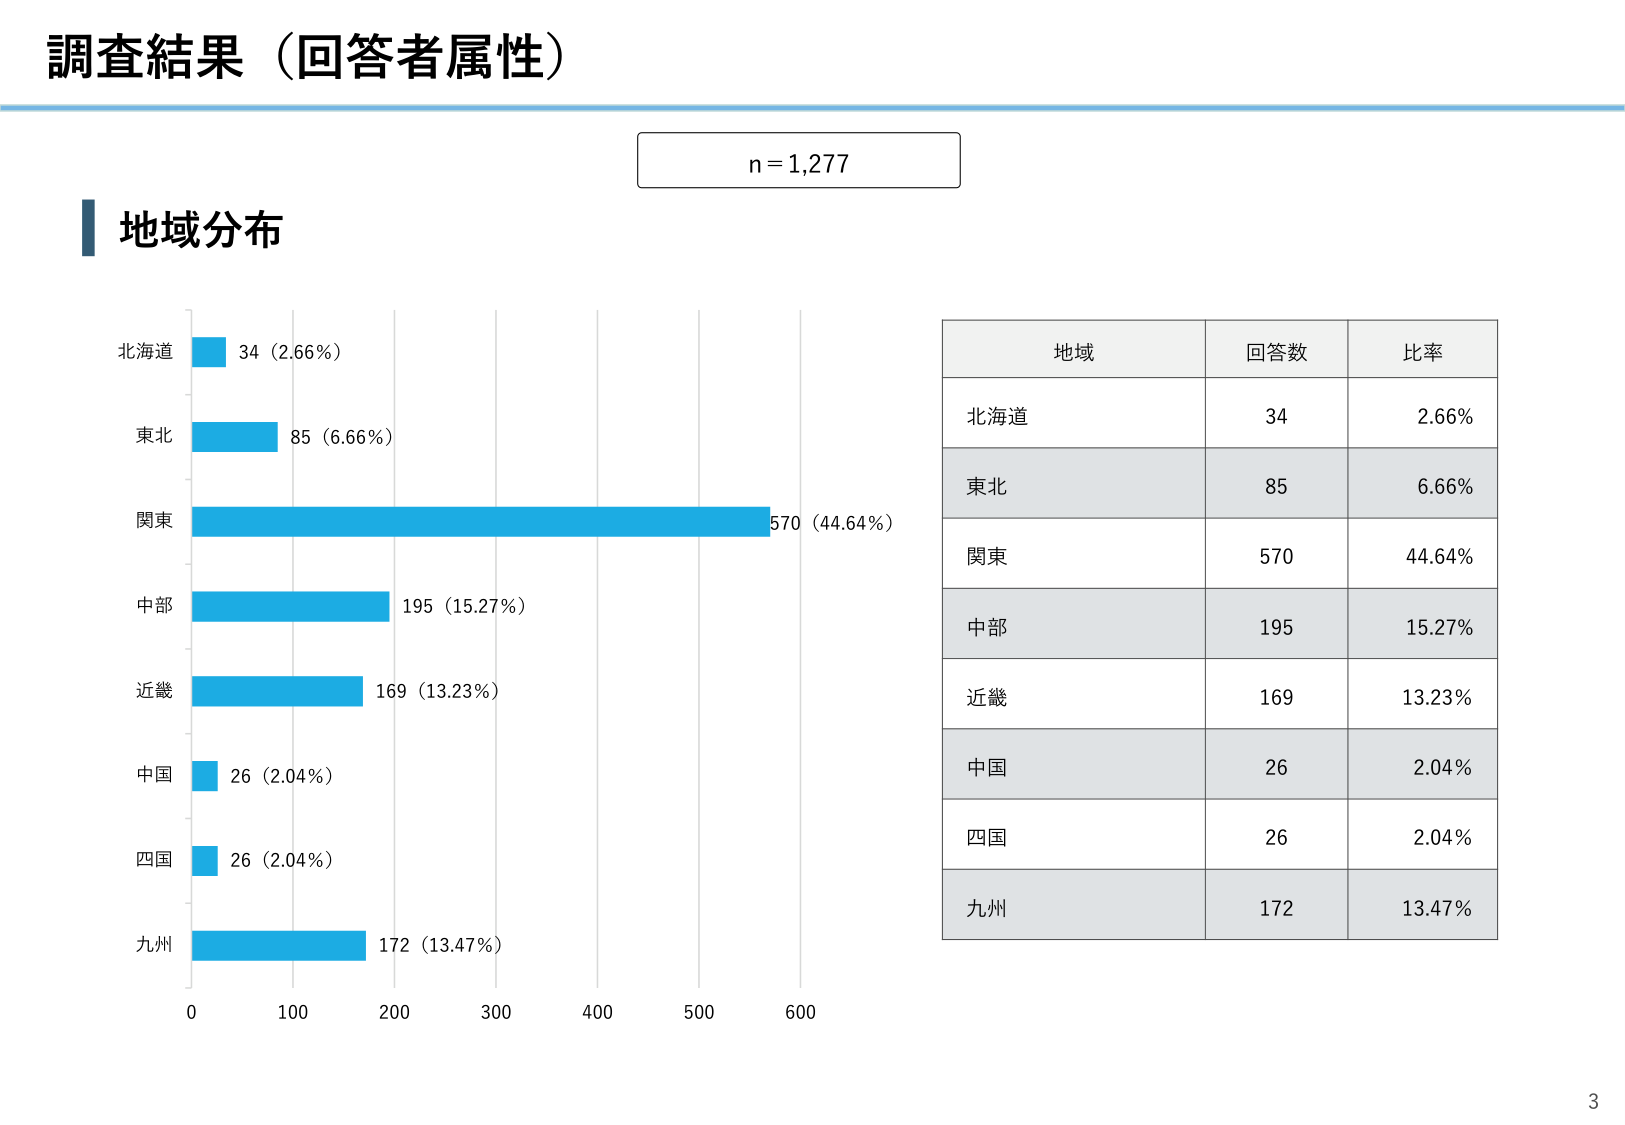
調査結果（回答者属性）

n = 1,277

地域分布

北海道 34 (2.66%)
東北 85 (6.66%)
関東 570 (44.64%)
中部 195 (15.27%)
近畿 169 (13.23%)
中国 26 (2.04%)
四国 26 (2.04%)
九州 172 (13.47%)

地域 回答数 比率
北海道 34 2.66%
東北 85 6.66%
関東 570 44.64%
中部 195 15.27%
近畿 169 13.23%
中国 26 2.04%
四国 26 2.04%
九州 172 13.47%

0 100 200 300 400 500 600

3